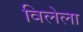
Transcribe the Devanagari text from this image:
विलेला